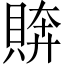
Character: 𧶭